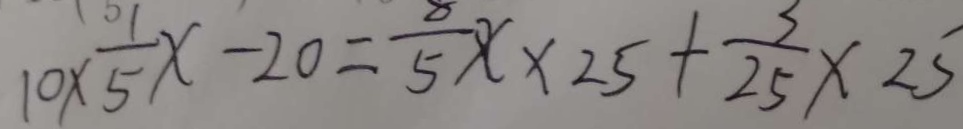
1 0 \times \frac { 1 } { 5 } x - 2 0 = \frac { 8 } { 5 } x \times 2 5 + \frac { 3 } { 2 5 } \times 2 5